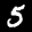
Label: 5